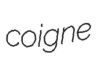
coigne